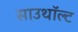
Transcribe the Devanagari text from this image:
साउथॉल्ट